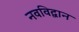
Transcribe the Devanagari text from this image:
नवविद्वान